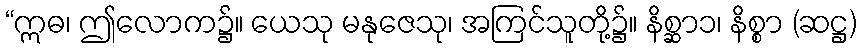
“ဣဓ၊ ဤလောက၌။ ယေသု မနုဇေသု၊ အကြင်သူတို့၌။ နိစ္ဆာ၁၊ နိစ္စာ (ဆဋ္ဌ)